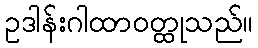
ဥဒါန်းဂါထာဝတ္ထုသည်။